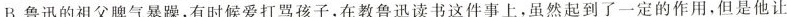
B.鲁迅的祖父脾气暴躁,有时候爱打骂孩子,在教鲁迅读书这件事上,虽然起到了一定的作用,但是他让